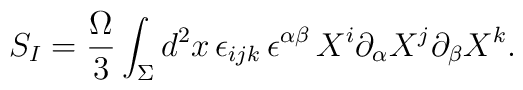
S_I = {\Omega\over 3}\int_{\Sigma} d^2 x\,\epsilon_{ijk}\,\epsilon^{\alpha\beta}\, X^{i}\partial_{\alpha} X^{j}\partial_{\beta} X^{k}.